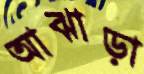
আঝাড়া